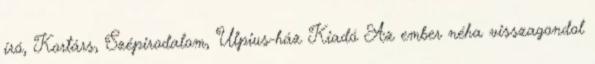
író, Kortárs, Szépirodalom, Ulpius-ház Kiadó Az ember néha visszagondol